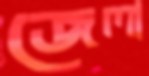
জেলা